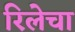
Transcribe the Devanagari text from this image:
रिलेचा